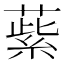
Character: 䔝